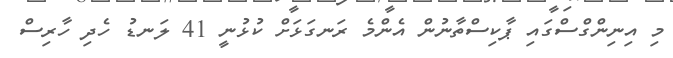
މި އިނިންގްސްގައި ޕާކިސްތާނުން އެންމެ ރަނގަޅަށް ކުޅުނީ 41 ލަނޑު ހެދި ހާރިސް